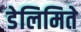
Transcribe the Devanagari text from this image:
डेलिमिते